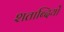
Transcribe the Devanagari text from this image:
शताब्‍दियों